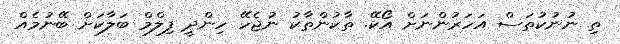
ތި ނުނުކުތަސް އަހަރުންނަށް އޯކޭ. ތާކުންތާކު ނުޖެހޭ ހިންދީ ފިލްމް ބަލާކަށް ބޭނުމެއް